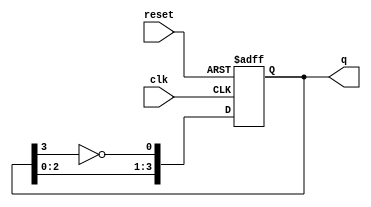
module JohnsonCounter #(
    parameter N = 4  // Number of flip-flops
)(
    input wire clk,       // Clock input
    input wire reset,     // Asynchronous reset
    output reg [N-1:0] q // Output state of the counter
);

    // Internal signal for feedback
    wire feedback;

    // Assign feedback as the inverted output of the last flip-flop
    assign feedback = ~q[N-1];

    // Sequential logic for the Johnson counter
    always @(posedge clk or posedge reset) begin
        if (reset) begin
            q <= 0; // Reset the counter to 0
        end else begin
            // Shift the current state and apply feedback
            q <= {q[N-2:0], feedback};
        end
    end

endmodule